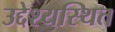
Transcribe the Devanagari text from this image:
उद्देश्यस्थित